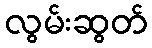
လွမ်းဆွတ်